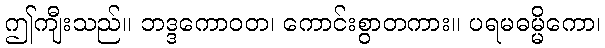
ဤကျီးသည်။ ဘဒ္ဒကောဝတ၊ ကောင်းစွာတကား။ ပရမဓမ္မိကော၊